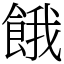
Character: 餓